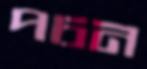
পচন